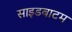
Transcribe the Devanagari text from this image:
साइडबाटम